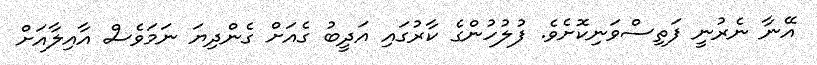
އޭނާ ނެރުނީ ފަތިސްވަނިކޮށެވެ. ފުލުހުންގެ ކާރުގައި އަދީބު ގެއަށް ގެންދިޔަ ނަމަވެސް އާއިލާއަށް